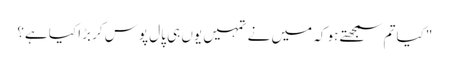
"کیا تم سمجھتے ہو کہ میں نے تمہیں یوں ہی پال پوس کر بڑا کیا ہے؟